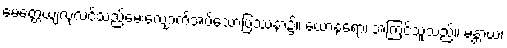
မေတ္တေယျလုလင်သည်မေးလျှောက်အပ်သောပြဿနာ၌။ ယောနရော၊ အကြင်သူသည်။ မန္တာယ၊